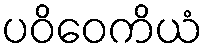
ပဝိဝေကိယံ